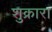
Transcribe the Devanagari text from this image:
शुक्रारा